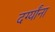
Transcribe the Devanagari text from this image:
दर्ग्यांना